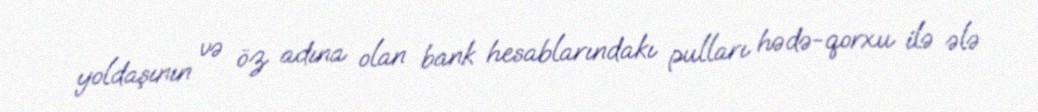
yoldaşının və öz adına olan bank hesablarındakı pulları hədə-qorxu ilə ələ